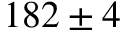
1 8 2 \pm 4